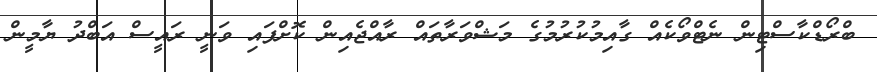
ބްރޯޑްކާސްޓިން ނެޓްވޯކެއް ގާއިމުކުރުމުގެ މަޝްވަރާތައް ރާއްޖެއިން ކޮށްފައި ވަނީ ރައީސް އަބްދު ޔާމީން